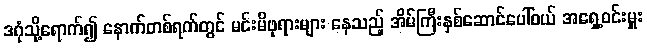
ဒဂုံသို့ရောက်၍ နောက်တစ်ရက်တွင် မင်းမိဖုရားများ နေသည့် အိမ်ကြီးနှစ်ဆောင်ပေါ်ဝယ် အရှေ့ဝင်းမှူး